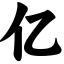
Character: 亿